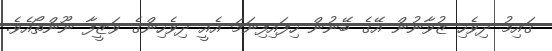
ގައިމު ދިވެހި ޒުވާނުން އޭގެ ބޭނުން ހިފައިފިނަމަ އެއީ ދިވެހިންގެ ވަޒީފާ ނޫންތޯއެވެ.